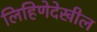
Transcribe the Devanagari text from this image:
लिहिणेदेखील